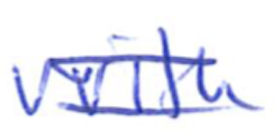
Text: with
Cross-out: double-line
Writing tool: ballpoint